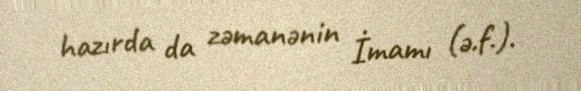
hazırda da zəmanənin İmamı (ə.f.).